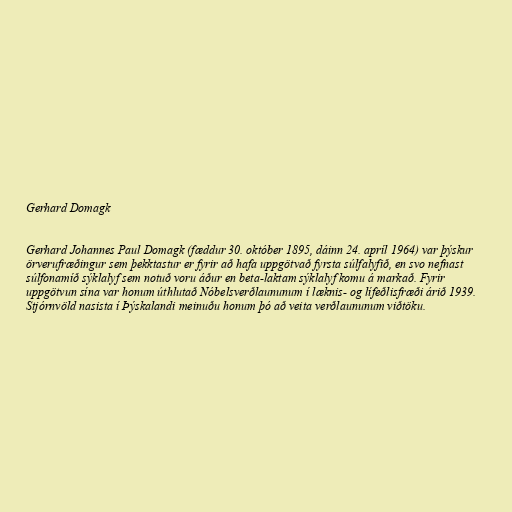
Gerhard Domagk

Gerhard Johannes Paul Domagk (fæddur 30. október 1895, dáinn 24. apríl 1964) var þýskur
örverufræðingur sem þekktastur er fyrir að hafa uppgötvað fyrsta súlfalyfið, en svo nefnast
súlfonamíð sýklalyf sem notuð voru áður en beta-laktam sýklalyf komu á markað. Fyrir
uppgötvun sína var honum úthlutað Nóbelsverðlaununum í læknis- og lífeðlisfræði árið 1939.
Stjórnvöld nasista í Þýskalandi meinuðu honum þó að veita verðlaununum viðtöku.